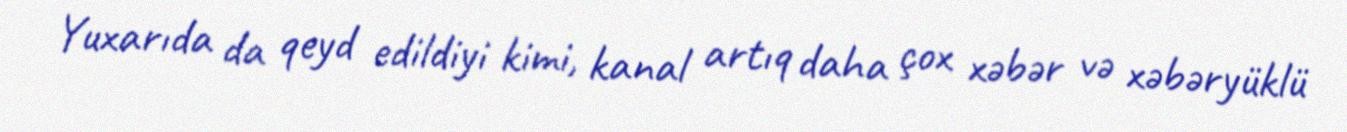
Yuxarıda da qeyd edildiyi kimi, kanal artıq daha çox xəbər və xəbəryüklü